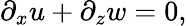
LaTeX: \partial_{x}u+\partial_{z}w=0,